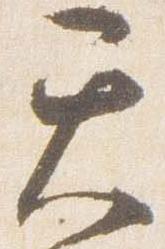
天